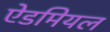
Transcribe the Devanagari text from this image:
ऐडमियल